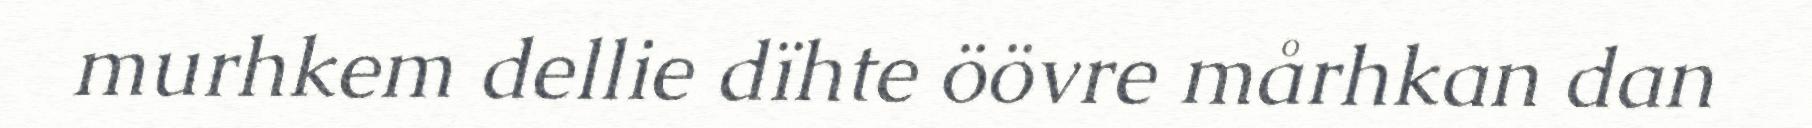
murhkem dellie dïhte öövre mårhkan dan